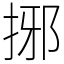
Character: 捓